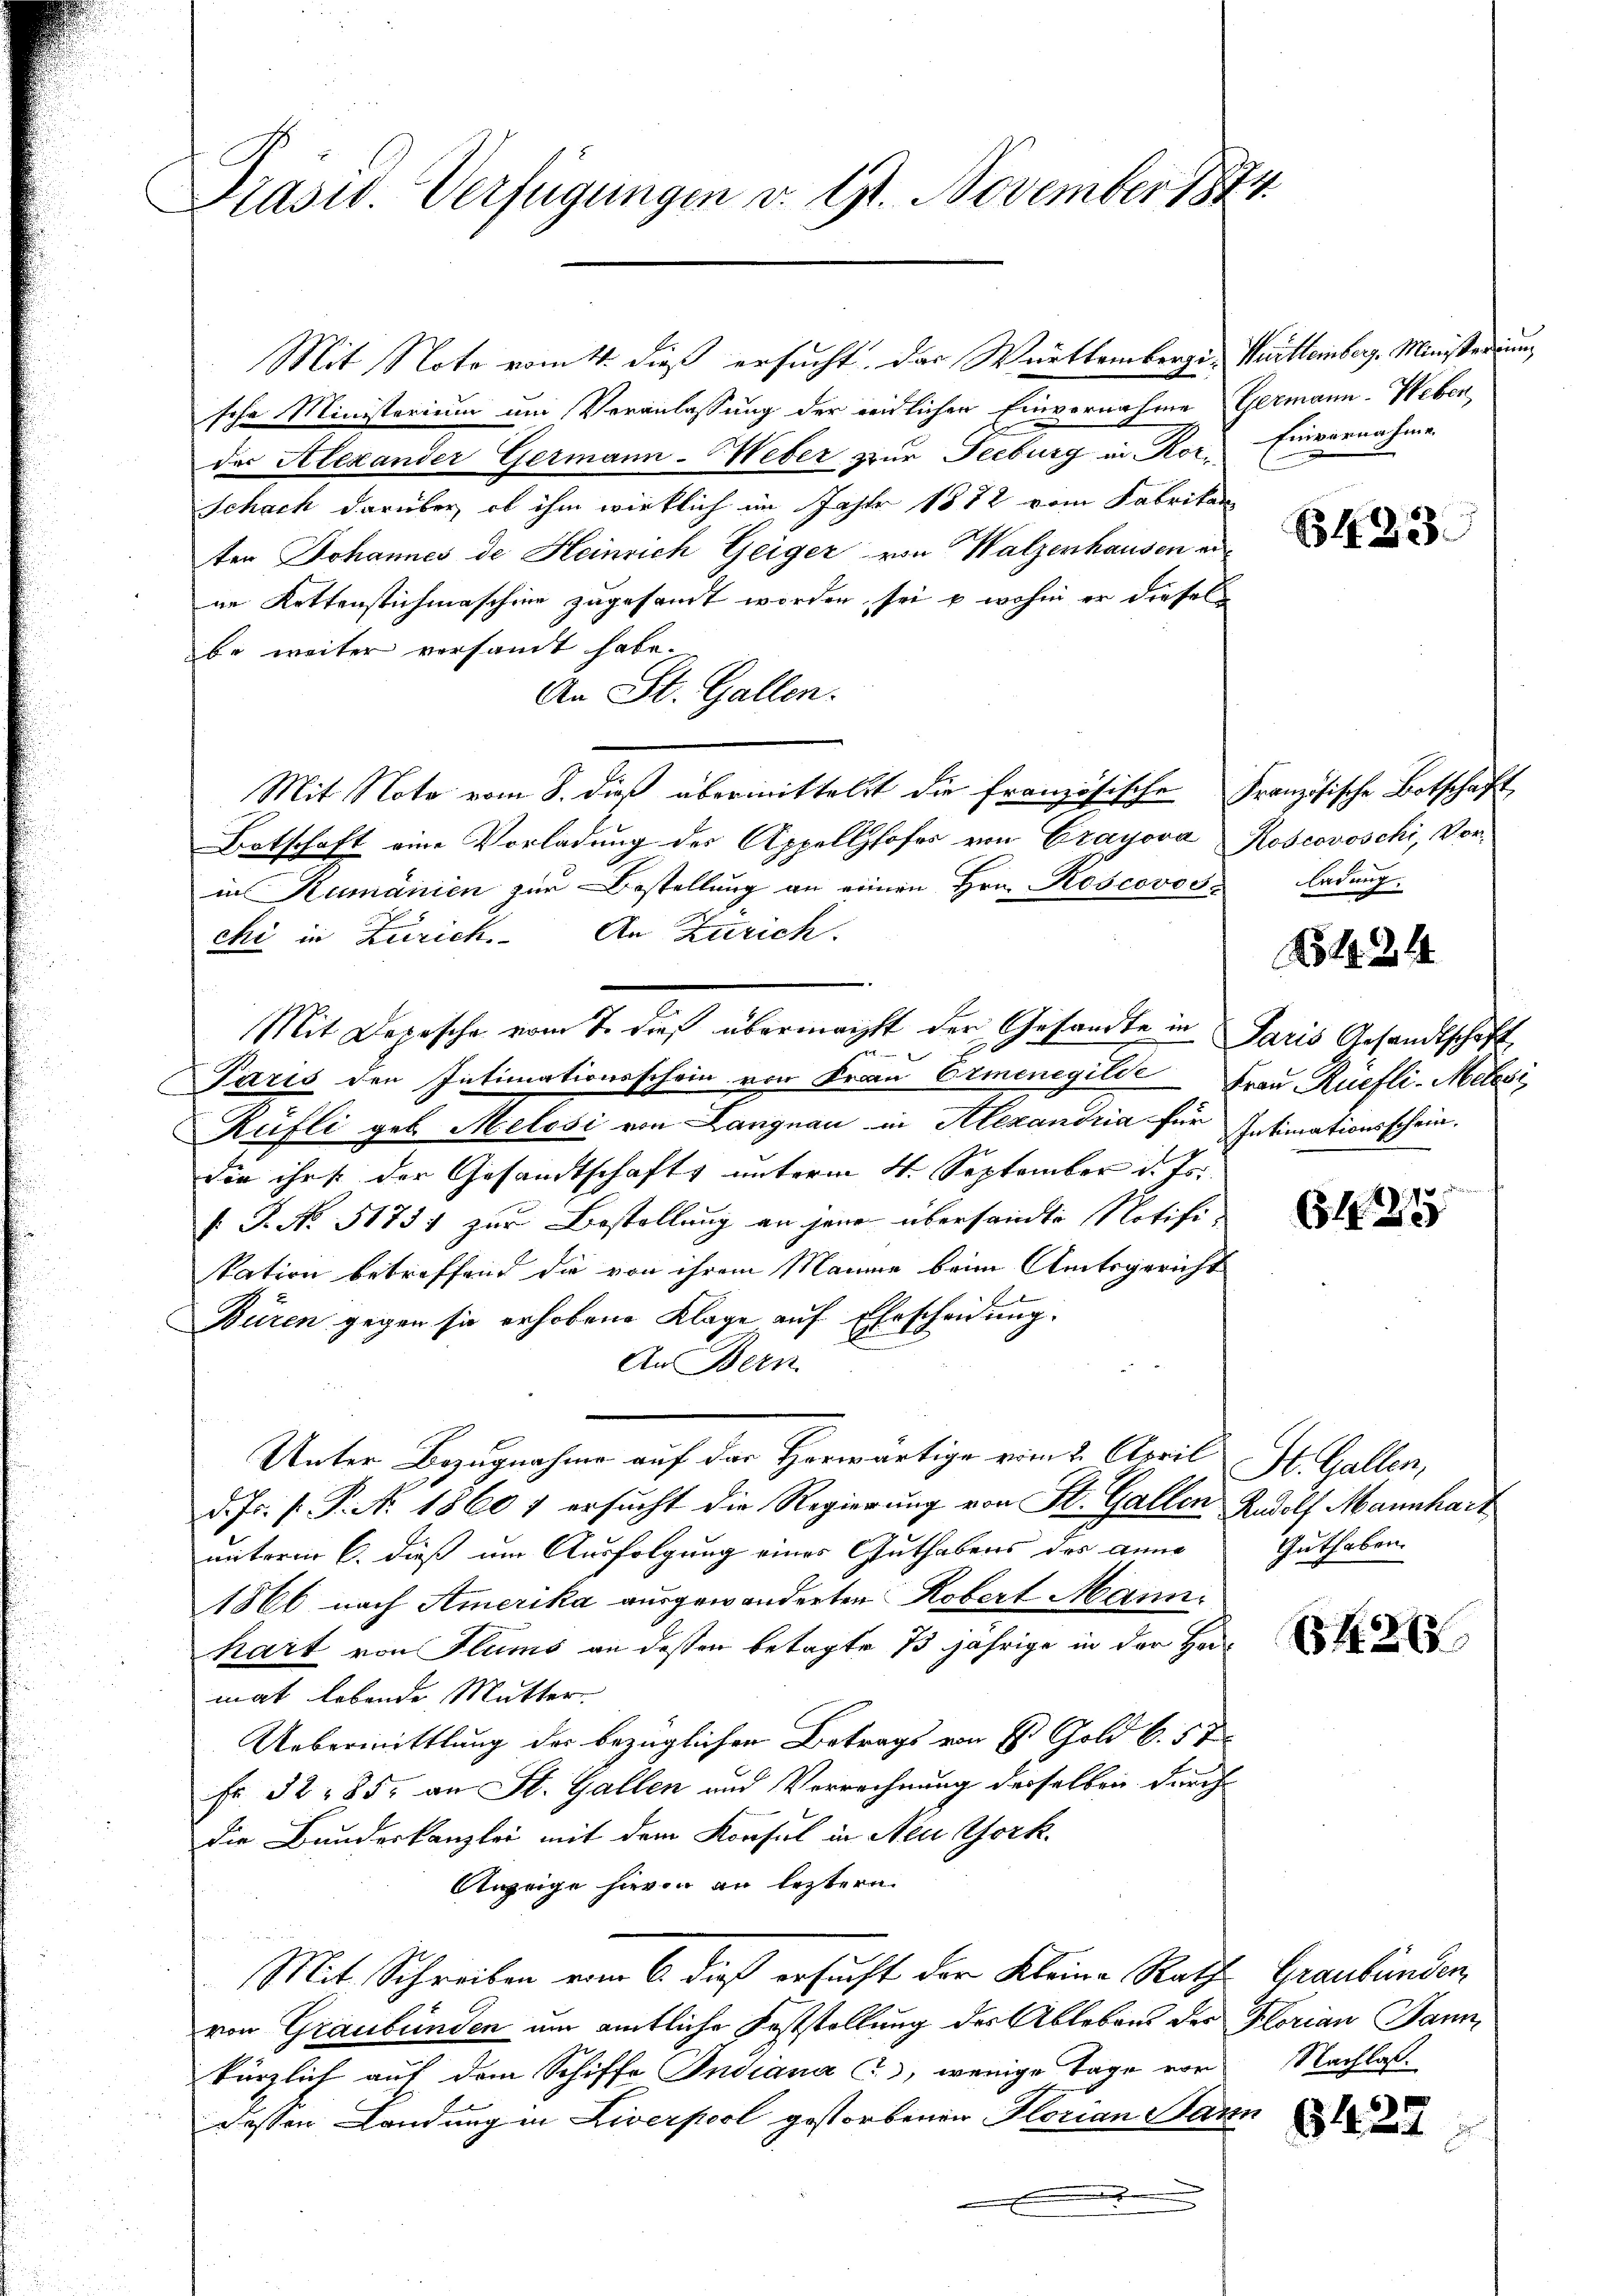
Präsid. Verfügungen v. St. November 1874

Mit Note vom 4. dieß ersucht. Das Württembergi-Württemberg-Ministerium
sche Ministerium um Veranlassung der weidlichen Einvernahme Germann-Weben
des Alexander Germann-Weber zur Seeburg in Kor¬
Schach darüber, ob ihm wirklich im Jahre 1882 vom Fabrikan
ten Johannes de Heinrich Geiger von Walzenhausen erne Kettenstichmaschine zugesandt worden, sei u. wohin er diesel
be weiter versammt habe.
An St. Gallen.
Mit Note vom 8. dieß übermittelst die französische Französische Botschaft
Botschaft eine Vorladung des Appellhofes von Grayova Roscovoschi, Vorin Rumänien zur Bestellung an einen Hrn. Koscovosa Ladung
chi in Zürich. An Zürich.
Mit Depesche vom 7. dies übermacht der Gesandte in Paris Gesandtschaft,
 x
Paris den Intimationsschein von Frau Ormonegilde Frau Ruefli-Melesi
Rüfli geb. Melosi von Langnau in Alexandria für Intimationsschein.
die ihre der Gesandtschafts unterm 4. September d. Js.
[: P. No. 51751 zur Bestellung an jene übersandte Notifi-
kation betreffend die von ihrem Manne beim Amtsgericht
Büren gegen sie erhobene Klage auf Ehescheidung.
An Bern
Unter Bezugnahme auf das Herwärtige vom 2. April St. Gallen,
d. Js. f. P. N. 1860 f ersucht die Regierung von St. Gallen Rudolf Mannhart
unterm 6. dieß um Ausfolgung eines Guthabens des Anna
1866 nach Amerika ausgewanderten Robert Mann.
hart von Flums an dessen betagte 73 jährige in der Hermat lebende Mutter
Uebermittlung der bezüglichen Betrags von E. Gold b. 5 t
Fr. 32. 85. an St. Gallen und Verrechnung derselben durch
die Bunderkanzlei mit dem Konsul in Neu York
Anzeige hievon an letztern
Mit Schreiben vom 6. dieß ersucht der Kleine Rath Graubünden,
von Graubünden am amtliche Feststellung der Ablebens des Florian Jannkürzlich auf dem Schiffe Indiana 3), wenige Tage von Nachlaßdessen Landung in Liverpool gestorbenen Florian Pann

Einvernahme.

B1433

1514

7
6155

Guthaben.

65 f. 26

5427